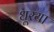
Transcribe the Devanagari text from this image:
धूरया